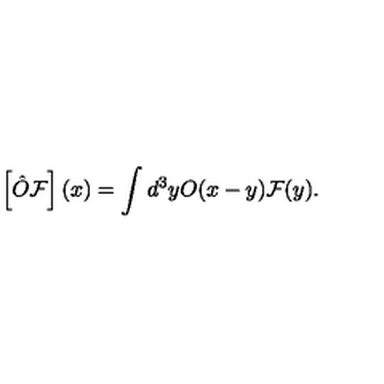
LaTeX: \left[ \hat { O } \mathcal { F } \right] ( x ) = \int d ^ { 3 } y O ( x - y ) \mathcal { F } ( y ) .